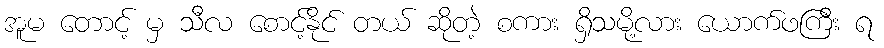
အူမ တောင့် မှ သီလ စောင့်နိုင် တယ် ဆိုတဲ့ စကား ရှိသမို့လား ယောက်ဖကြီး ရ